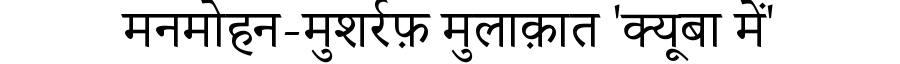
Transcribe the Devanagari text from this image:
मनमोहन-मुशर्रफ़ मुलाक़ात 'क्यूबा में'